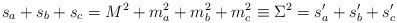
LaTeX: \begin{align*}s_a+s_b+s_c = M^2 + m_a^2 +m_b^2 +m_c^2 \equiv \Sigma^2=s_a'+s_b'+s_c'\end{align*}